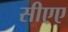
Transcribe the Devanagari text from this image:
सीएए